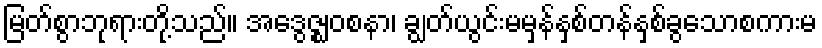
မြတ်စွာဘုရားတို့သည်။ အဒွေဇ္ဈဝစနာ၊ ချွတ်ယွင်းမမှန်နှစ်တန်နှစ်ခွသောစကားမ